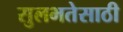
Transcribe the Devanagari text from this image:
सुलभतेसाठी